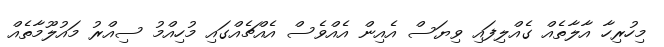
މިހުރިހާ އާލާތެއް ގެއްލިފައި ވިޔަސް އެއިން އެއްވެސް އެއްޗެއްގައި މުހިއްމު ސިއްރު މައުލޫމާތެއް